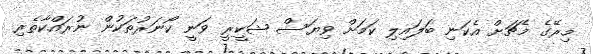
މިރޭގެ މެޗަށް އެކަނި ބަލައިލި ކަމަށް ވިޔަސް ޝަކީރީ ވަނީ ކޯނަރުތަކުން ނުރައްކާތެރި